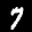
Label: 7